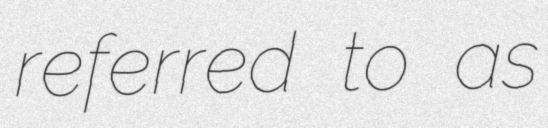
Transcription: referred to as